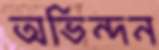
অভিন্দন